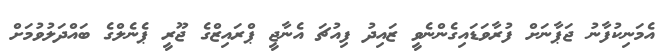
އެމަނިކުފާނު ޖަޕާނަށް ފުރާވަޑައިގެންނެވީ ޒައިދު ފިއުޗަ އެނާޖީ ޕްރައިޒްގެ ޖޫރީ ޕެނެލްގެ ބައްދަލުވުމަށް